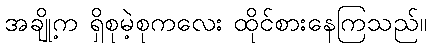
အချို့က ရှိစုမဲ့စုကလေး ထိုင်စားနေကြသည်။